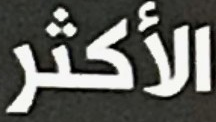
الأكثر